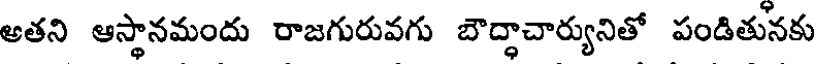
అతని ఆస్థానమందు రాజగురువగు బౌద్ధాచార్యునితో పండితునకు